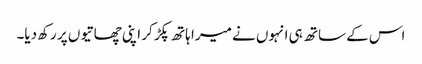
اس کے ساتھ ہی انہوں نے میرا ہاتھ پکڑ کر اپنی چھاتیوں پر رکھ دیا۔